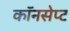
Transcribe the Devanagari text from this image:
कॉनसेप्ट